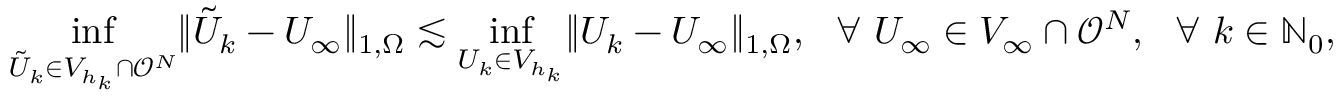
\operatorname* { i n f } _ { \tilde { U } _ { k } \in V _ { h _ { k } } \cap \mathcal { O } ^ { N } } \lVert \tilde { U } _ { k } - U _ { \infty } \rVert _ { 1 , \Omega } \lesssim \operatorname* { i n f } _ { U _ { k } \in V _ { h _ { k } } } \lVert U _ { k } - U _ { \infty } \rVert _ { 1 , \Omega } , ~ ~ \forall ~ U _ { \infty } \in V _ { \infty } \cap \mathcal { O } ^ { N } , ~ ~ \forall ~ k \in \mathbb { N } _ { 0 } ,